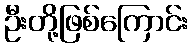
ဦးတို့ဖြစ်ကြောင်း